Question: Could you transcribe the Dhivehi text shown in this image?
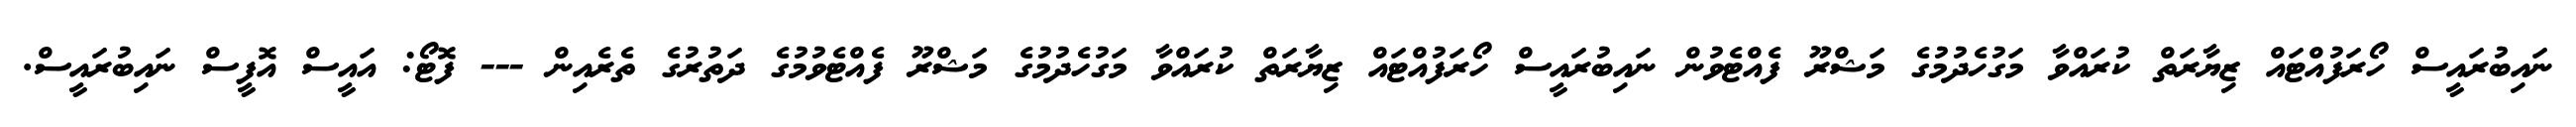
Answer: ނައިބުރައީސް ހޯރަފުއްޓައް ޒިޔާރަތް ކުރައްވާ މަގުހެދުމުގެ މަޝްރޫ ފެއްޓެވުން ނައިބުރައީސް ހޯރަފުއްޓައް ޒިޔާރަތް ކުރައްވާ މަގުހެދުމުގެ މަޝްރޫ ފެއްޓެވުމުގެ ދަތުރުގެ ތެރެއިން --- ފޮޓޯ: އައީސް އޮފީސް ނައިބުރައީސް.